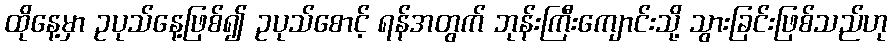
ထိုနေ့မှာ ဥပုသ်နေ့ဖြစ်၍ ဥပုသ်စောင့် ရန်အတွက် ဘုန်းကြီးကျောင်းသို့ သွားခြင်းဖြစ်သည်ဟု